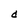
Character: d